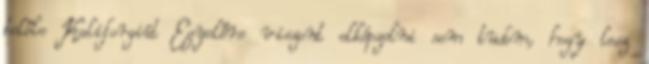
belőle Kaliforgiát Egyelőre viszont elképzelni sem tudom, hogy lesz